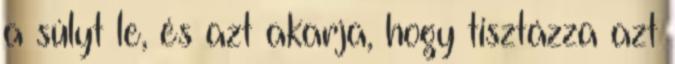
a súlyt le, és azt akarja, hogy tisztázza azt